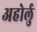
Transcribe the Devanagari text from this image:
अहोर्लु